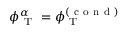
\phi _ { \mathrm { ~ T ~ } } ^ { \alpha } = \phi _ { \mathrm { ~ T ~ } } ^ { ( \mathrm { ~ c ~ o ~ n ~ d ~ } ) }